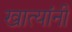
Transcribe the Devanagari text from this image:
खात्यांनी